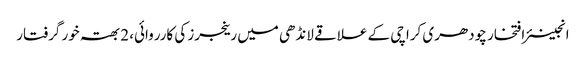
انجینئر افتخار چودھری	 کراچی کے علاقے لانڈھی میں رینجرز کی کارروائی، 2 بھتہ خور گرفتار